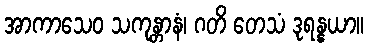
အာကာသေဝ သကုန္တာနံ၊ ဂတိ တေသံ ဒုရန္နယာ။